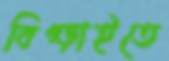
বিগ্‌ড়াইতে